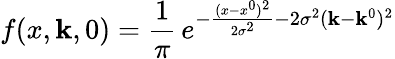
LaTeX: f(x,\mathbf{k},0)=\frac{{1}}{{\pi}}\, e^{-\frac{{(x-x^{0})^{2}}}{{2\sigma^{2}}}-2\sigma^{2}(\mathbf{k}-\mathbf{k}^{0})^{2}}